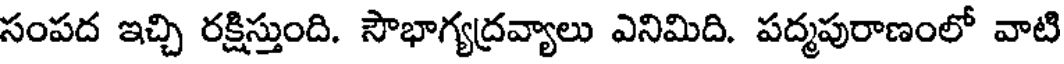
సంపద ఇచ్చి రక్షిస్తుంది. సౌభాగ్యద్రవ్యాలు ఎనిమిది. పద్మపురాణంలో వాటి